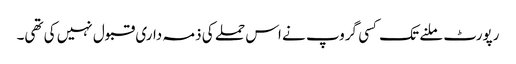
رپورٹ ملنے تک کسی گروپ نے اس حملے کی ذمہ داری قبول نہیں کی تھی۔